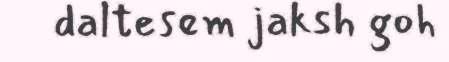
daltesem jaksh goh